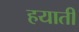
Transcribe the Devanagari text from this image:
हयाती